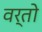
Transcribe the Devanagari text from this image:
वर्तो